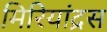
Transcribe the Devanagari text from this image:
मिरियांद्रस